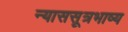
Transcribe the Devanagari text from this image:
न्याससूत्रभाष्य